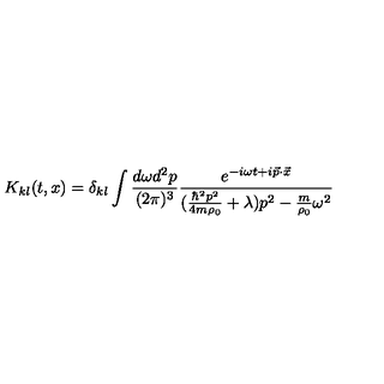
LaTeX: K _ { k l } ( t , x ) = \delta _ { k l } \int \frac { d \omega d ^ { 2 } p } { ( 2 \pi ) ^ { 3 } } \frac { e ^ { - i \omega t + i { \vec { p } } \cdot { \vec { x } } } } { ( \frac { \hbar ^ { 2 } p ^ { 2 } } { 4 m \rho _ { 0 } } + \lambda ) p ^ { 2 } - \frac { m } { \rho _ { 0 } } \omega ^ { 2 } }